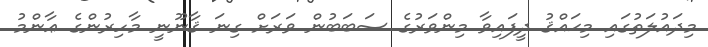
މިދައުލަތުގައި މިޙައްޤު ދީފައިވާ މިންވަރުގެ ސަބަބުން ވަރަށް ގިނަ ޤާނޫނީ މާހިރުންގެ ޢާންމު